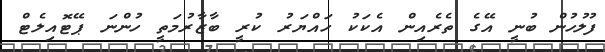
ފުލުހުން ބުނީ އޭގެ ތެރެއިން އެކަކު ހައްޔަރު ކުރީ ބާޒާރުމަތީ ހުންނަ ޕޭޓޮއިލެޓް